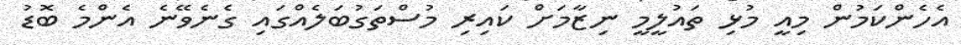
އެހެންކަމުން މިއީ މުޅި ތައުލީމީ ނިޒާމަށް ކައިރި މުސްތަގުބަލެއްގައި ގެނެވޭނެ އެންމެ ބޮޑު